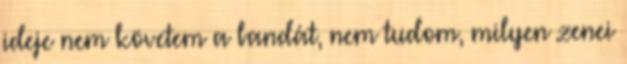
ideje nem követem a bandát, nem tudom, milyen zenei